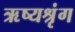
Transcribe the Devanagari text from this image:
ऋष्यश्रृंग